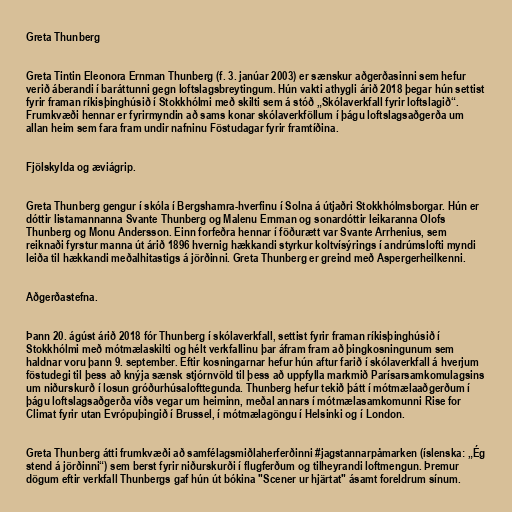
Greta Thunberg

Greta Tintin Eleonora Ernman Thunberg (f. 3. janúar 2003) er sænskur aðgerðasinni sem hefur
verið áberandi í baráttunni gegn loftslagsbreytingum. Hún vakti athygli árið 2018 þegar hún settist
fyrir framan ríkisþinghúsið í Stokkhólmi með skilti sem á stóð „Skólaverkfall fyrir loftslagið“.
Frumkvæði hennar er fyrirmyndin að sams konar skólaverkföllum í þágu loftslagsaðgerða um
allan heim sem fara fram undir nafninu Föstudagar fyrir framtíðina.

Fjölskylda og æviágrip.

Greta Thunberg gengur í skóla í Bergshamra-hverfinu í Solna á útjaðri Stokkhólmsborgar. Hún er
dóttir listamannanna Svante Thunberg og Malenu Ernman og sonardóttir leikaranna Olofs
Thunberg og Monu Andersson. Einn forfeðra hennar í föðurætt var Svante Arrhenius, sem
reiknaði fyrstur manna út árið 1896 hvernig hækkandi styrkur koltvísýrings í andrúmslofti myndi
leiða til hækkandi meðalhitastigs á jörðinni. Greta Thunberg er greind með Aspergerheilkenni.

Aðgerðastefna.

Þann 20. ágúst árið 2018 fór Thunberg í skólaverkfall, settist fyrir framan ríkisþinghúsið í
Stokkhólmi með mótmælaskilti og hélt verkfallinu þar áfram fram að þingkosningunum sem
haldnar voru þann 9. september. Eftir kosningarnar hefur hún aftur farið í skólaverkfall á hverjum
föstudegi til þess að knýja sænsk stjórnvöld til þess að uppfylla markmið Parísarsamkomulagsins
um niðurskurð í losun gróðurhúsalofttegunda. Thunberg hefur tekið þátt í mótmælaaðgerðum í
þágu loftslagsaðgerða víðs vegar um heiminn, meðal annars í mótmælasamkomunni Rise for
Climat fyrir utan Evrópuþingið í Brussel, í mótmælagöngu í Helsinki og í London.

Greta Thunberg átti frumkvæði að samfélagsmiðlaherferðinni #jagstannarpåmarken (íslenska: „Ég
stend á jörðinni“) sem berst fyrir niðurskurði í flugferðum og tilheyrandi loftmengun. Þremur
dögum eftir verkfall Thunbergs gaf hún út bókina "Scener ur hjärtat" ásamt foreldrum sínum.